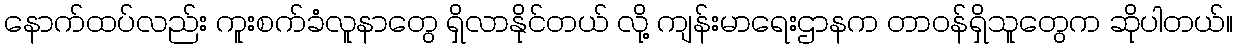
နောက်ထပ်လည်း ကူးစက်ခံလူနာတွေ ရှိလာနိုင်တယ် လို့ ကျန်းမာရေးဌာနက တာဝန်ရှိသူတွေက ဆိုပါတယ်။